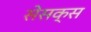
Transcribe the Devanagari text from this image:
सेसक्स